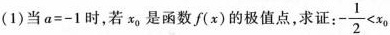
(1)当$$a=-1$$时，若x_{0}是函数f(x)的极值点，求证:$$- \frac{1}{2}<x_{0}$$